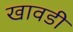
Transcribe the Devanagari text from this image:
खावडी